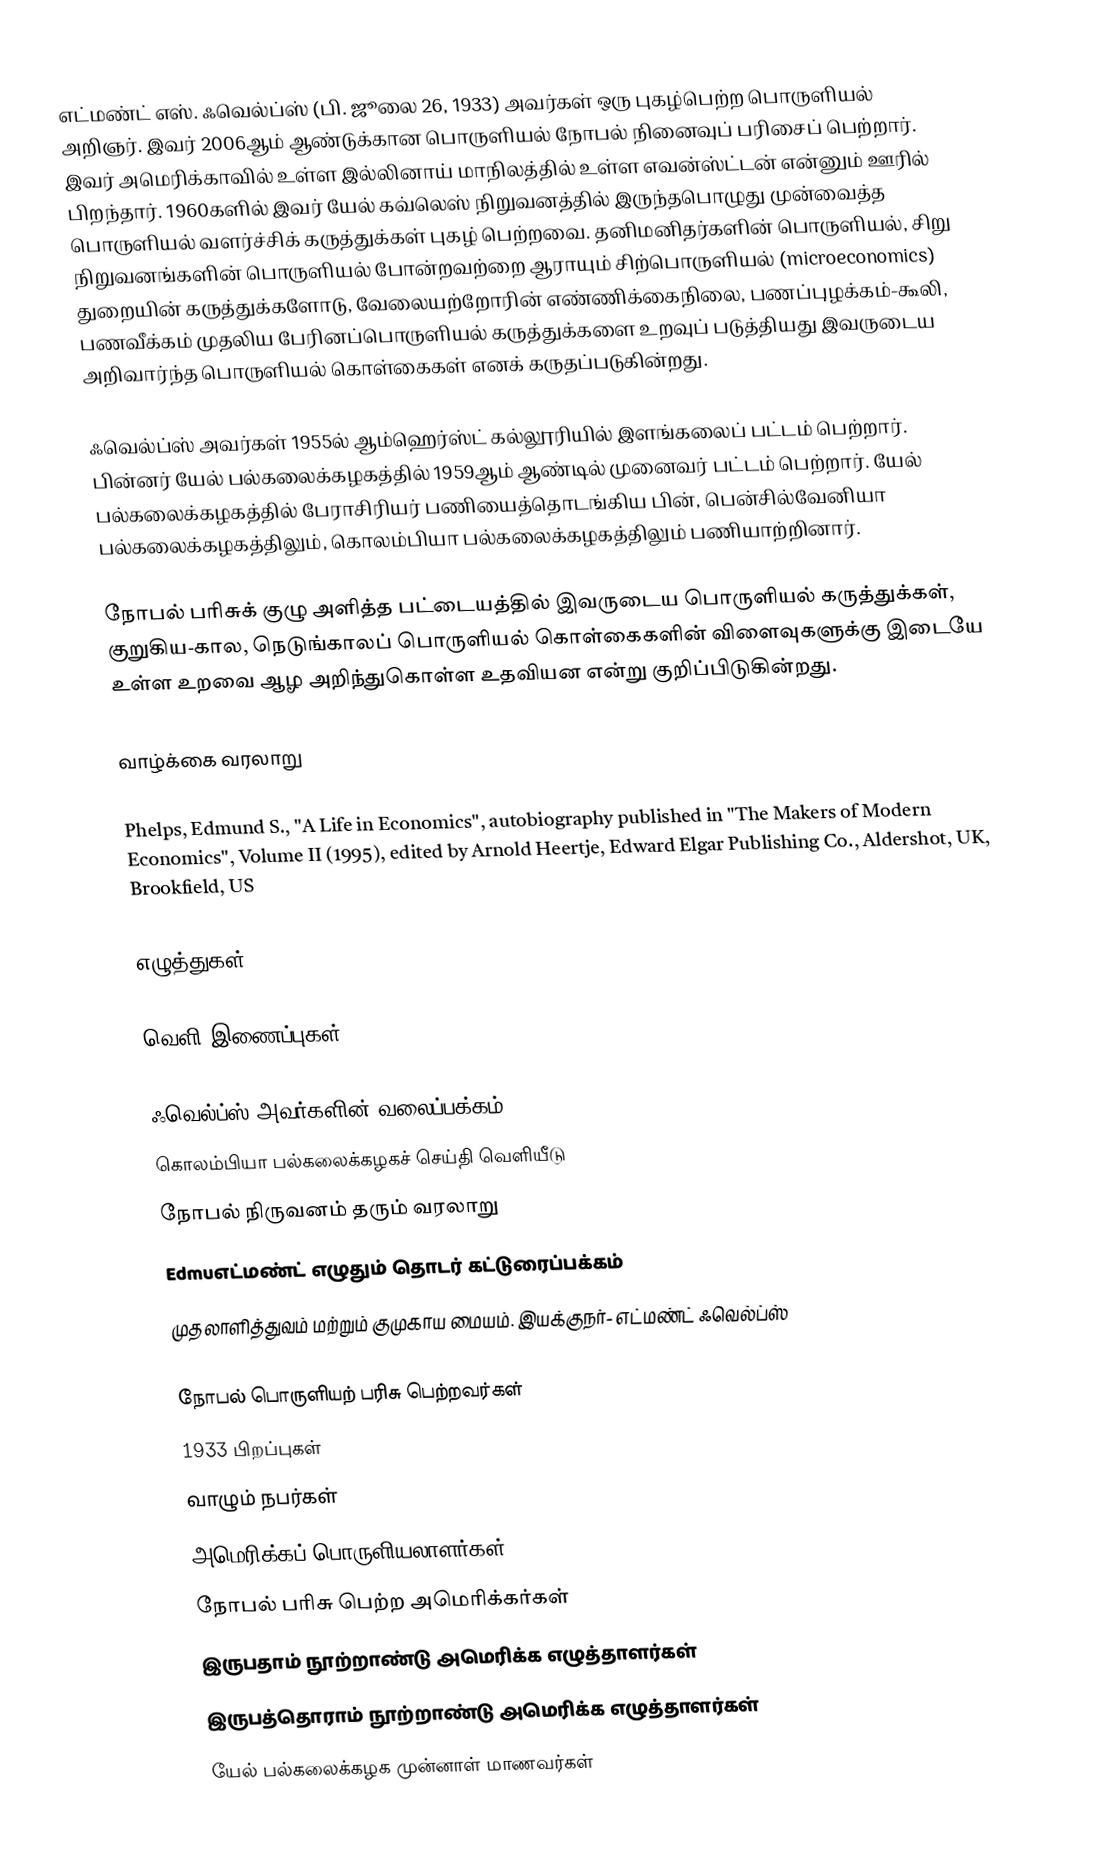
எட்மண்ட் எஸ். ஃவெல்ப்ஸ் (பி. ஜூலை 26, 1933) அவர்கள் ஒரு புகழ்பெற்ற பொருளியல் அறிஞர். இவர் 2006ஆம் ஆண்டுக்கான பொருளியல் நோபல் நினைவுப் பரிசைப் பெற்றார். இவர் அமெரிக்காவில் உள்ள இல்லினாய் மாநிலத்தில் உள்ள எவன்ஸ்ட்டன் என்னும் ஊரில் பிறந்தார். 1960களில் இவர் யேல் கவ்லெஸ் நிறுவனத்தில் இருந்தபொழுது முன்வைத்த பொருளியல் வளர்ச்சிக் கருத்துக்கள் புகழ் பெற்றவை. தனிமனிதர்களின் பொருளியல், சிறு நிறுவனங்களின் பொருளியல் போன்றவற்றை ஆராயும் சிற்பொருளியல் (microeconomics) துறையின் கருத்துக்களோடு, வேலையற்றோரின் எண்ணிக்கைநிலை, பணப்புழக்கம்-கூலி, பணவீக்கம் முதலிய பேரினப்பொருளியல் கருத்துக்களை உறவுப் படுத்தியது இவருடைய அறிவார்ந்த பொருளியல் கொள்கைகள் எனக் கருதப்படுகின்றது.

ஃவெல்ப்ஸ் அவர்கள் 1955ல் ஆம்ஹெர்ஸ்ட் கல்லூரியில் இளங்கலைப் பட்டம் பெற்றார். பின்னர் யேல் பல்கலைக்கழகத்தில் 1959ஆம் ஆண்டில் முனைவர் பட்டம் பெற்றார். யேல் பல்கலைக்கழகத்தில் பேராசிரியர் பணியைத்தொடங்கிய பின், பென்சில்வேனியா பல்கலைக்கழகத்திலும், கொலம்பியா பல்கலைக்கழகத்திலும் பணியாற்றினார்.

நோபல் பரிசுக் குழு அளித்த பட்டையத்தில் இவருடைய பொருளியல் கருத்துக்கள், குறுகிய-கால, நெடுங்காலப் பொருளியல் கொள்கைகளின் விளைவுகளுக்கு இடையே உள்ள உறவை ஆழ அறிந்துகொள்ள உதவியன என்று குறிப்பிடுகின்றது.

வாழ்க்கை வரலாறு

 Phelps, Edmund S., "A Life in Economics", autobiography published in "The Makers of Modern Economics", Volume II (1995), edited by Arnold Heertje, Edward Elgar Publishing Co., Aldershot, UK, Brookfield, US

எழுத்துகள்

வெளி இணைப்புகள்

 ஃவெல்ப்ஸ் அவர்களின் வலைப்பக்கம்
 கொலம்பியா பல்கலைக்கழகச் செய்தி வெளியீடு
 நோபல் நிருவனம் தரும் வரலாறு
 Edmuஎட்மண்ட் எழுதும் தொடர் கட்டுரைப்பக்கம்
 முதலாளித்துவம் மற்றும் குமுகாய மையம். இயக்குநர்- எட்மண்ட் ஃவெல்ப்ஸ்

நோபல் பொருளியற் பரிசு பெற்றவர்கள்
1933 பிறப்புகள்
வாழும் நபர்கள்
அமெரிக்கப் பொருளியலாளர்கள்
நோபல் பரிசு பெற்ற அமெரிக்கர்கள்
இருபதாம் நூற்றாண்டு அமெரிக்க எழுத்தாளர்கள்
இருபத்தொராம் நூற்றாண்டு அமெரிக்க எழுத்தாளர்கள்
யேல் பல்கலைக்கழக முன்னாள் மாணவர்கள்